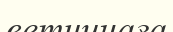
ветчинаға